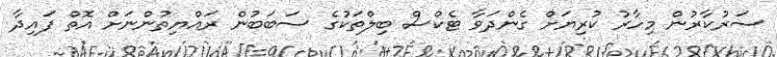
ސަރުކާރުން މިހާރު ކުރިޔަށް ގެންދަވާ ޓެކްސް ބިލްތަކުގެ ސަބަބުން ރައްޔިތުންނަށް އޮތް ފައިދާ